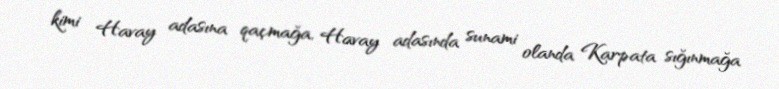
kimi Havay adasına qaçmağa, Havay adasında sunami olanda Karpata sığınmağa